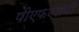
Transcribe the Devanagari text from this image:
पीएफएलपी